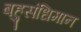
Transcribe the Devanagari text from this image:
बहुसंधिमान